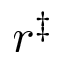
r ^ { \ddag }